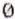
0